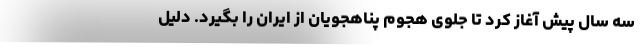
سه سال پیش آغاز کرد تا جلوی هجوم پناهجویان از ایران را بگیرد. دلیل